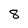
Character: 8